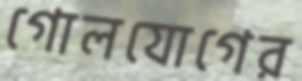
গোলযোগের